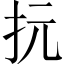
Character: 抏